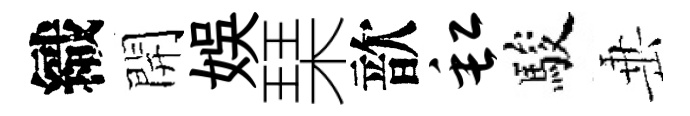
織開娱琹歆缸駿𡸁